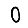
Digit: 0